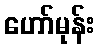
ဟော်မုန်း